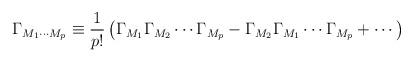
LaTeX: \begin{align*}\Gamma_{M_1 \cdots M_p} \equiv \frac{1}{p!} \left( \Gamma_{M_1}\Gamma_{M_2} \cdots \Gamma_{M_p} - \Gamma_{M_2}\Gamma_{M_1} \cdots \Gamma_{M_p} + \cdots \right)\end{align*}